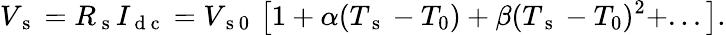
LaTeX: V_{\mathrm{~s~}}=R_{\mathrm{~s~}}I_{\mathrm{~d~c~}}=V_{\mathrm{~s~0~}}\left[1+\alpha(T_{\mathrm{~s~}}-T_{0})+\beta(T_{\mathrm{~s~}}-T_{0})^{2}+...\right]{.}